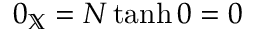
0 _ { \mathbb { X } } = N \operatorname { t a n h } 0 = 0